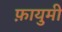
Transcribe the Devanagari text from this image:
फ़ायुमी